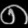
Digit: ၈